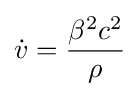
{\dot {v}}={\frac {\beta ^{2}c^{2}}{\rho }}